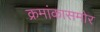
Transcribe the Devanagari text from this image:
क्रमांकासमोर